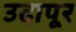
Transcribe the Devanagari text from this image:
उदापूर